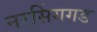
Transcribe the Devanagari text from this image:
नरसिंगगड